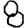
Digit: 8